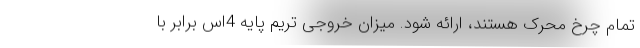
تمام چرخ محرک هستند، ارائه شود. میزان خروجی تریم پایه 4اس برابر با